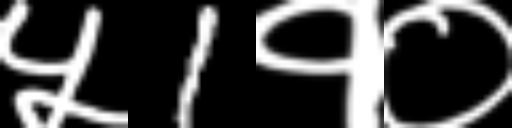
Text: ५1१०